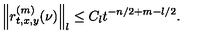
\left\| r _ { t , x , y } ^ { ( m ) } ( \nu ) \right\| _ { l } \le C _ { l } t ^ { - n / 2 + m - l / 2 } .